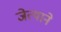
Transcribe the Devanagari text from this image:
जेत्याने